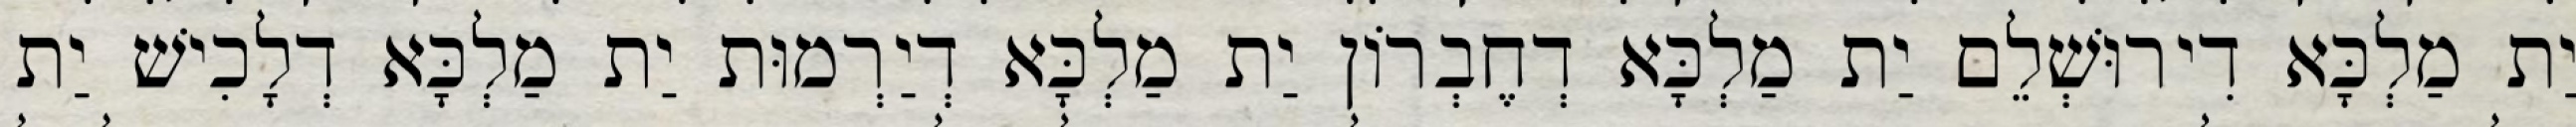
יַת מַלְכָּא דִירוּשְׁלֵם יַת מַלְכָּא דְחֶבְרוֹן יַת מַלְכָּא דְיַרְמוּת יַת מַלְכָּא דְלָכִישׁ יַת